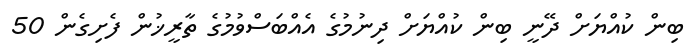
ބިން ކުއްޔަށް ދޭނީ ބިން ކުއްޔަށް ދިނުމުގެ އެއްބަސްވުމުގެ ތާރީޚުން ފެށިގެން 50